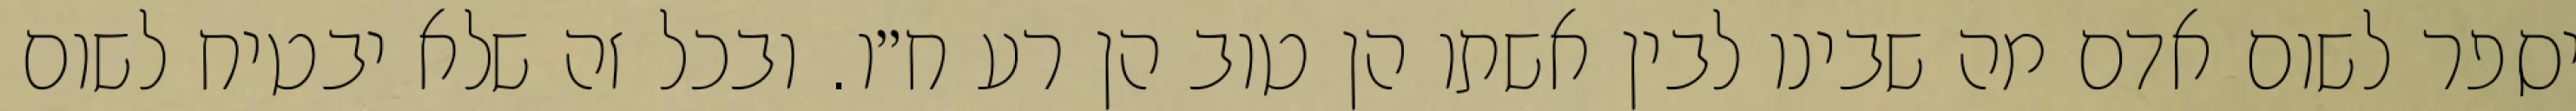
יספר לשום אדם מה שבינו לבין אשתו הן טוב הן רע ח״ו. ובכל זה שלא יבטיח לשום